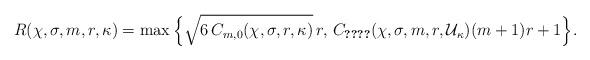
LaTeX: \begin{align*} R(\chi,\sigma,m,r,\kappa) = \max\Big\{\sqrt{6 \, C_{m,0}(\chi,\sigma,r,\kappa)}\, r, \, C_{\ref{LemmaCorrespondenceLinearNonlinearInZero}\ref{ItemNonEmptyFixedPointSpace}}( \chi, \sigma, m, r,\mathcal{U}_\kappa)(m+1) r + 1\Big\}.\end{align*}